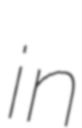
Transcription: in